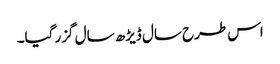
اس طرح سال ڈیڑھ سال گزر گیا۔